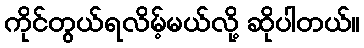
ကိုင်တွယ်ရလိမ့်မယ်လို့ ဆိုပါတယ်။